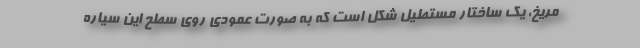
مریخ، یک ساختار مستطیل شکل است که به صورت عمودی روی سطح این سیاره